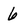
Character: 6